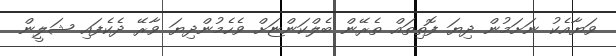
ވަޔާއެކު ނަށަމުން ދިޔަ ފޮތިތައް ތެރޭން ބެލްކަންޏަށް ވެހެމުންދިޔަ ވާރޭ ދެކެފައި ޝަލީން